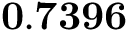
\mathbf { 0 . 7 3 9 6 }